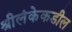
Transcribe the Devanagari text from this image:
श्रीलंकेकडील